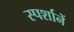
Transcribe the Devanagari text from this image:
स्पर्शानें